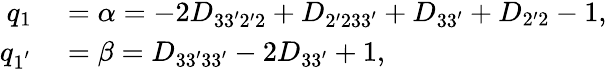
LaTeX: \begin{array}{rl}{q_{1}}&{{}=\alpha=-2D_{33^{\prime}2^{\prime}2}+D_{2^{\prime}233^{\prime}}+D_{33^{\prime}}+D_{2^{\prime}2}-1,}\\ {q_{1^{'}}}&{{}=\beta=D_{33^{\prime}33^{\prime}}-2D_{33^{\prime}}+1,}\end{array}